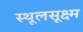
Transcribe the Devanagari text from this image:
स्थूलसूक्ष्म